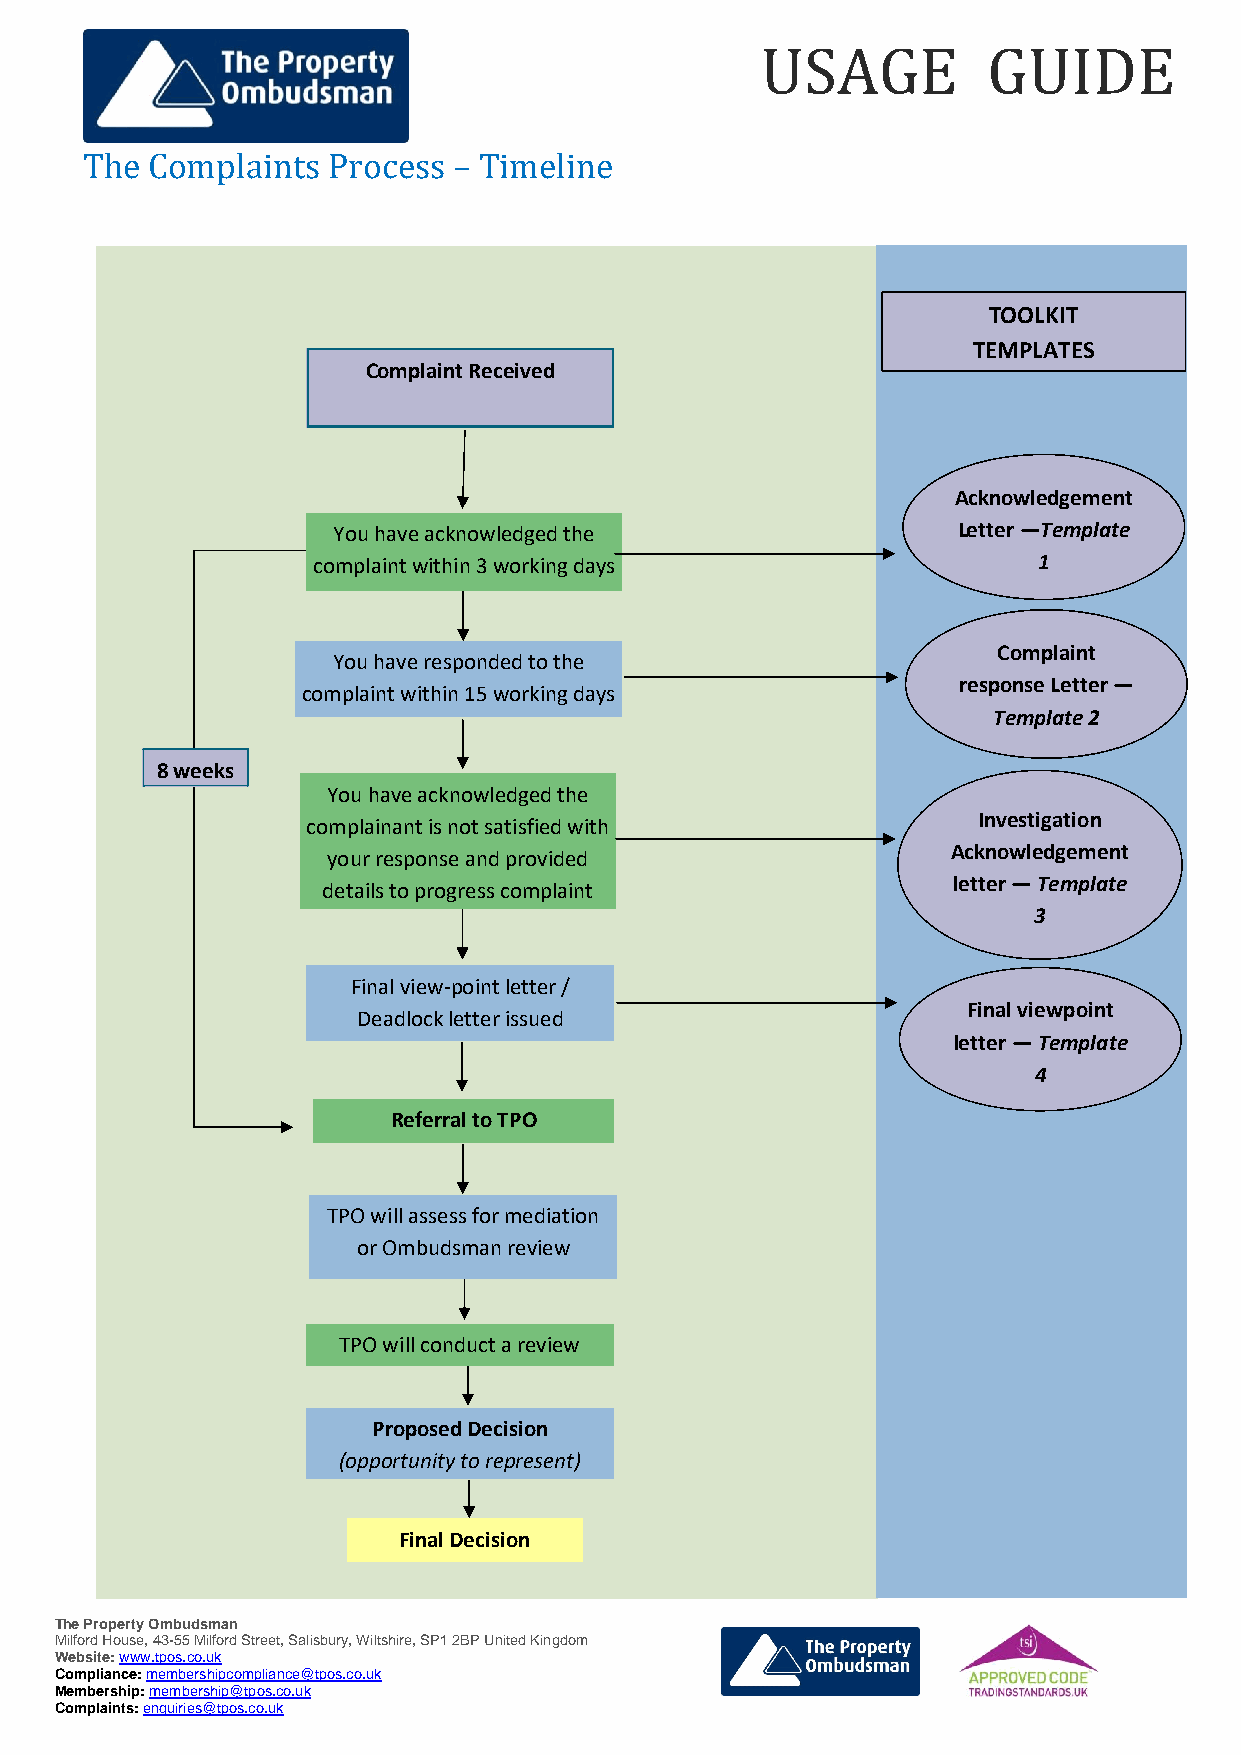
USAGE          GUIDE
 The  Complaints  Process – Timeline
 TOOLKIT
 TEMPLATES
 Complaint Received
 Acknowledgement
 You have acknowledged the                Letter —Template
 complaint within 3 working days                 1
 Complaint
 You have responded to the
 response Letter —
 complaint within 15 working days
 Template 2
 8 weeks
 You have acknowledged the
 Investigation
 complainant is not satisfied with
 Acknowledgement
 your response and provided
 letter — Template
 details to progress complaint
 3
 Final view-point letter /
 Final viewpoint
 Deadlock letter issued
 letter — Template
 4
 Referral to TPO
 TPO will assess for mediation
 or Ombudsman review
 TPO will conduct a review
 Proposed Decision
 (opportunity to represent)
 Final Decision
 The Property Ombudsman
 Milford House, 43-55 Milford Street, Salisbury, Wiltshire, SP1 2BP United Kingdom
 Website: www.tpos.co.uk
 Compliance: membershipcompliance@tpos.co.uk
 Membership: membership@tpos.co.uk
 Complaints: enquiries@tpos.co.uk